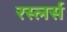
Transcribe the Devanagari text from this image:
रस्लर्स